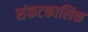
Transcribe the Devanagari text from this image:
संकटकालिक